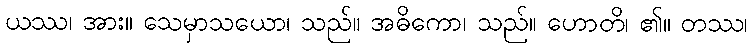
ယဿ၊ အား။ သေမှာသယော၊ သည်။ အဓိကော၊ သည်။ ဟောတိ၊ ၏။ တဿ၊